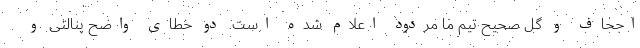
اجحاف و گل صحیح تیم ما مردود اعلام شده است. دو خطای واضح پنالتی و